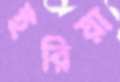
ইরিয়া